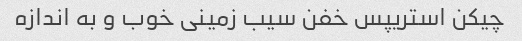
چیکن استریپس خفن سیب زمینی خوب و به اندازه